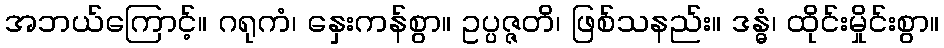
အဘယ်ကြောင့်။ ဂရုကံ၊ နှေးကန်စွာ။ ဥပ္ပဇ္ဇတိ၊ ဖြစ်သနည်း။ ဒန္ဓံ၊ ထိုင်းမှိုင်းစွာ။